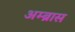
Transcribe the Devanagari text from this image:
अम्ब्रास